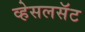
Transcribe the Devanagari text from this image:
व्हेसलसॅट